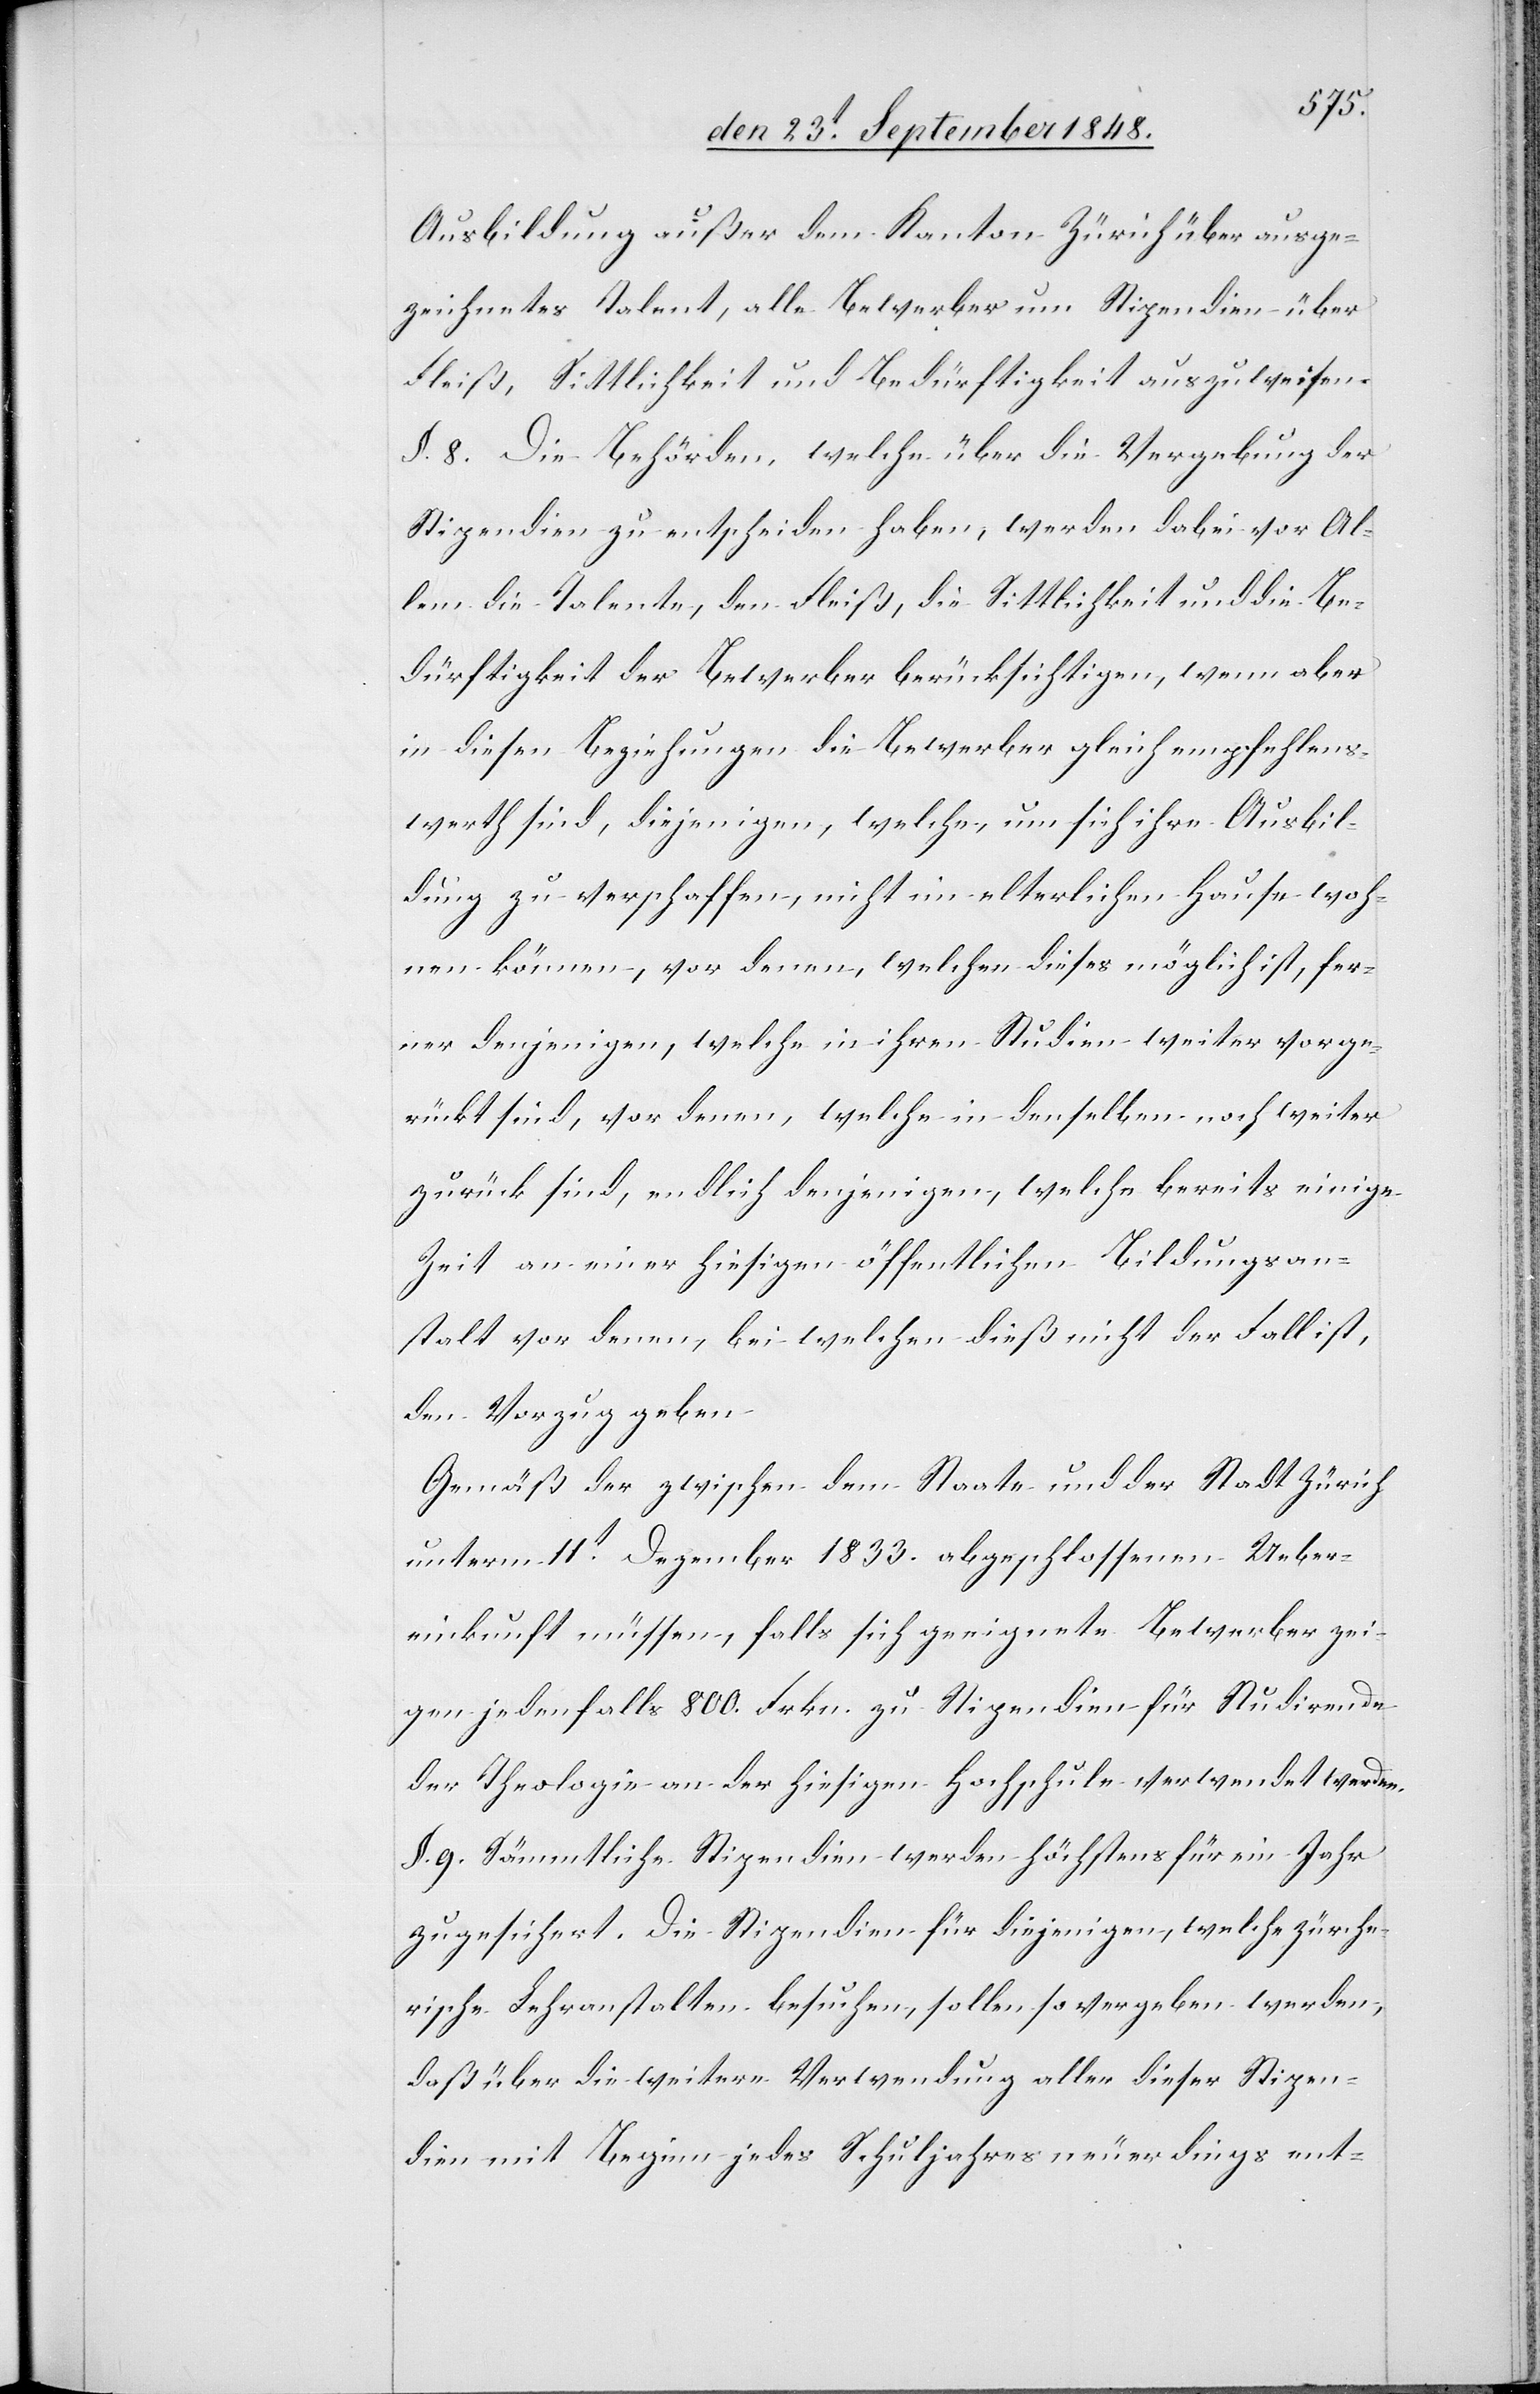
Ausbildung außer dem Kanton Zürich über ausge¬
zeichnetes Talent, alle Bewerber um Stipendien über
Fleiß, Sittlichkeit und Bedürftigkeit auszuweisen.
§. 8. Die Behörden, welche über die Vergebung der
Stipendien zu entscheiden haben, werden dabei vor Al¬
lem die Talente, den Fleiß, die Sittlichkeit und die Be¬
dürftigkeit der Bewerber berücksichtigen, wenn aber
in diesen Beziehungen die Bewerber gleich empfehlens¬
werth sind, diejenigen, welche, um sich ihrer Ausbil¬
dung zu verschaffen, nicht im elterlichen Hause woh¬
nen können, vor denen, welchen dieses möglich ist, fer¬
ner denjenigen, welche in ihren Studien weiter vorge¬
rückt sind, vor denen, welche in denselben noch weiter
zurück sind, endlich denjenigen, welche bereits einige
Zeit an einer hiesigen öffentlichen Bildungsan¬
stalt vor denen, bei welchen dieß nicht der Fall ist,
den Vorzug geben.
Gemäß der zwischen dem Staate und der Stadt Zürich
unterm 11t Dezember 1833. abgeschlossenen Ueber¬
einkunft müssen, falls sich geeignete Bewerber zei¬
gen jedenfalls 800. Frkn. zu Stipendien für Studirende
der Theologie an der hiesigen Hochschule verwendet werden.
§. 9. Sämmtliche Stipendien werden höchstens für ein Jahr
zugesichert. Die Stipendien für diejenigen, welche zürche¬
rische Lehranstalten besuchen, sollen so vergeben werden,
daß über die weitere Verwendung aller dieser Stipen¬
dien mit Beginn jedes Schuljahres neuerdings ent-